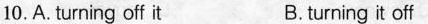
10.A. turning off it B.turning it off